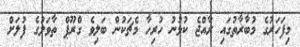
މިފަހަރުގެ މުބާރާތުގައި ރާއްޖެ ކުޅުނު ހުރިހާ މެޗަކުން ބަލިވެ ގްރޫޕް ތާވަލުގެ ފުލަށް